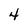
Character: 4